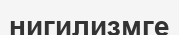
нигилизмге